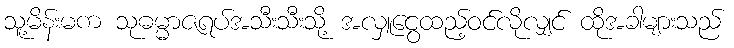
သူ့မိန်းမက သုဓမ္မာဇရပ်အသီးသီးသို့ အလှူငွေထည့်ဝင်လိုလျှင် ထိုအခါများသည်